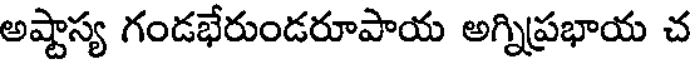
అష్టాస్య గండభేరుండరూపాయ అగ్నిప్రభాయ చ